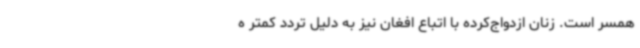
همسر است. زنان ازدواج‌کرده با اتباع افغان نیز به دلیل تردد کمتر ه